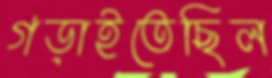
গড়াইতেছিল